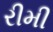
રીમી